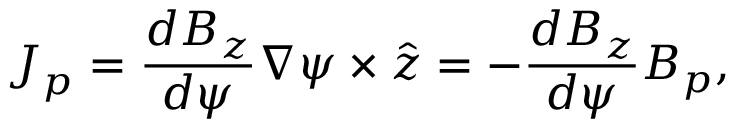
\boldsymbol { J } _ { p } = \frac { d B _ { z } } { d \psi } \nabla \psi \times \boldsymbol { \hat { z } } = - \frac { d B _ { z } } { d \psi } \boldsymbol { B } _ { p } ,